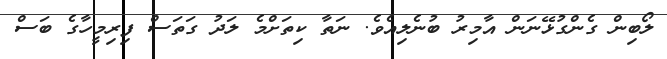
ލޯބިން ގެންގުޅޭނަން އާމިރު ބުނެލިއެވެ. ނަތާ ކިތަށްމެ ލަދު ގަތަސް ފިރިމީހާގެ ބަސް